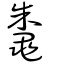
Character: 鼄